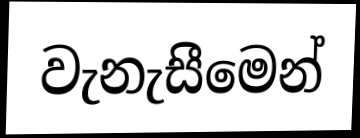
වැනැසීමෙන්